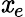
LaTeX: \mathit{x}_{e}